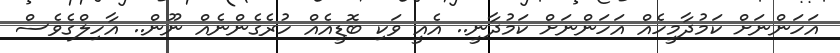
އަހަންނަށް ކަމުދާމީހެއް އަހަންނަށް ކަމުދާނީ.. އެއީ ވަކި ބޮޑީއެއް ހުރެގެންނެއް ނޫން.. އާހިލްގެވެސް